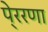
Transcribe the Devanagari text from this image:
पे्ररणा